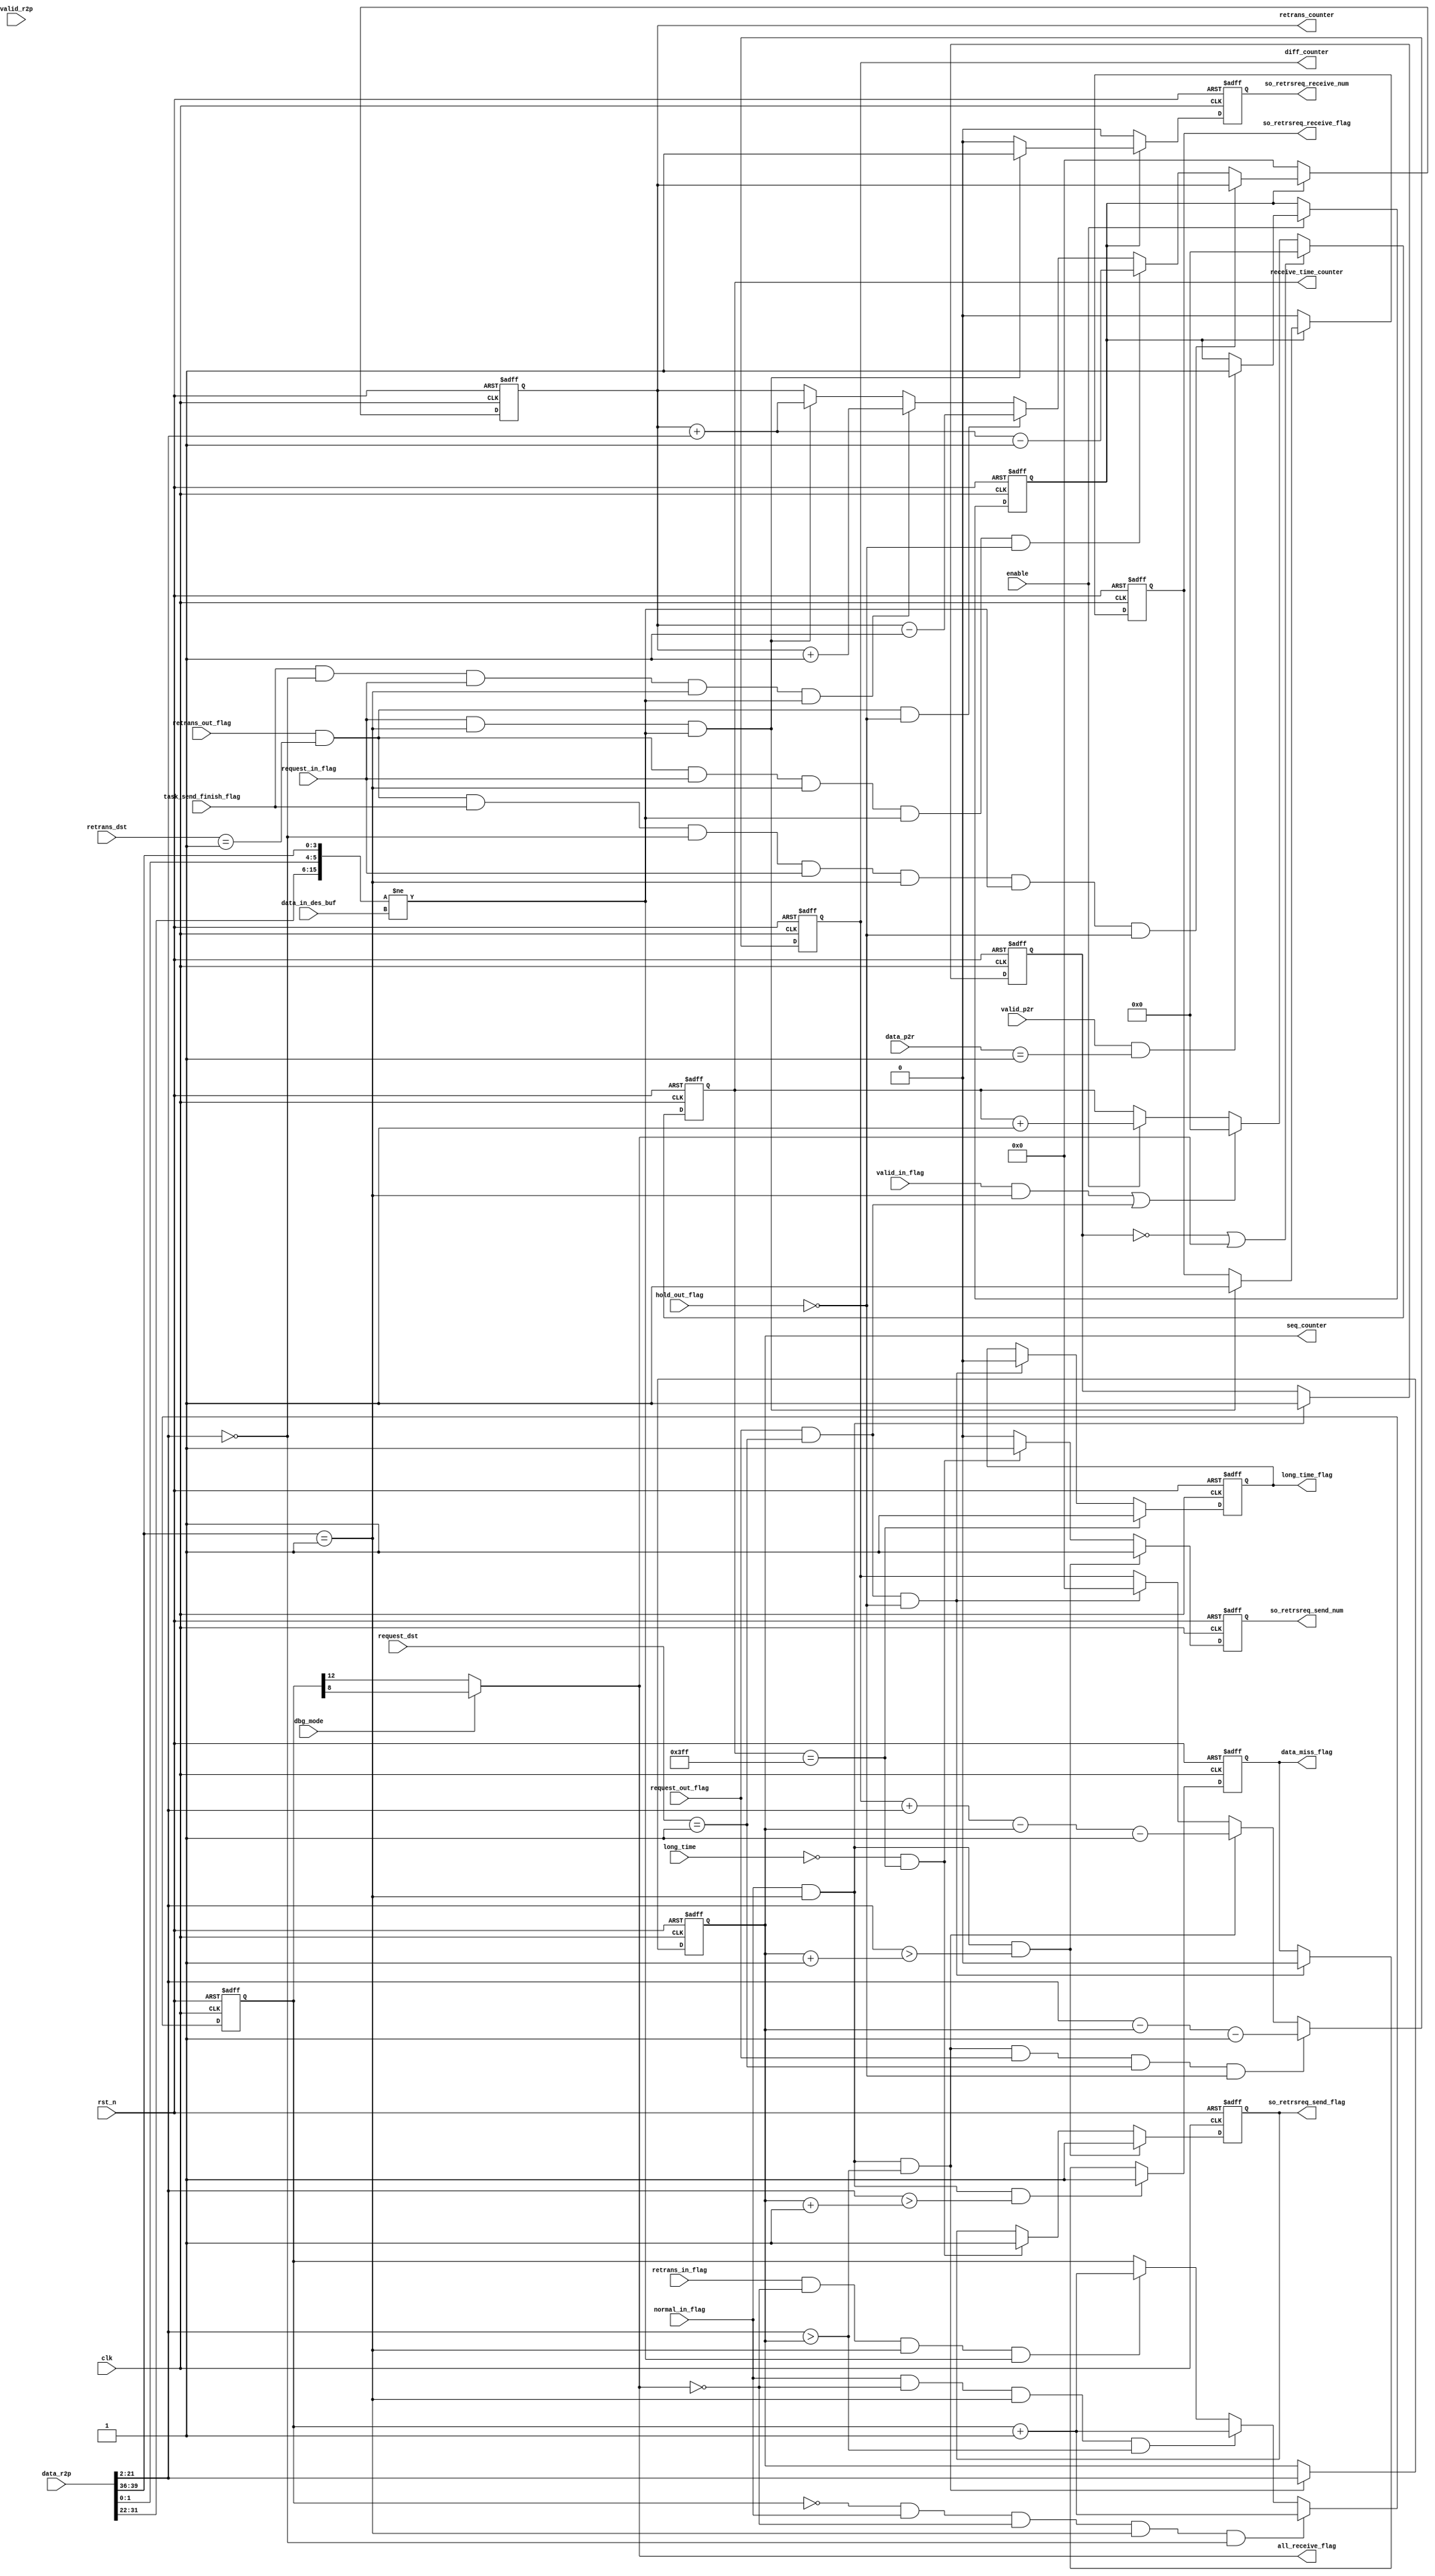
`define DATA_SIZE 20
`define DATA_SIZE_0 19
`define TIME_SIZE 10
`define TIME_SIZE_0 9
`define TIME_SUM_SIZE 24
`define TIME_SUM_SIZE_0 23
`define ID_SIZE 4
`define ID_SIZE_0 3
`define TYPE_SIZE 2
`define TOTAL_SIZE 40

`define ROUTER_NUM 9
`define ROUTER_NUM_0 7

`define DST_MIN 32
`define DST_MAX 35
`define SRC_MIN 36
`define SRC_MAX 39
`define TYPE_MIN 0
`define TYPE_MAX 1
`define TIME_MIN 22
`define TIME_MAX 31
`define DATA_MIN 2
`define DATA_MAX 21

`define DATA_WIDTH_NOR 12 //data width20, debug 8
`define DATA_WIDTH_DBG 8


module PE_single #(
    parameter MY_ID = 4'b0000,
    parameter TAR_ID = 4'b0001,

    //for retry request
    parameter NORMAL_BAG = 2'b01
) (
    input wire                                                      dbg_mode,
    input wire                                                      enable,
    input wire[`SRC_MAX:0]                                         data_r2p,
    input wire                                                      valid_r2p,
    input wire[`SRC_MAX - `SRC_MIN + `DST_MAX - `DST_MIN + 1:0]     data_p2r,
    input wire                                                      valid_p2r,
    //basic flags
    input wire                                                      valid_in_flag,
    input wire                                                      normal_in_flag,
    input wire                                                      request_in_flag,
    input wire                                                      retrans_in_flag,
    input wire                                                      task_send_finish_flag,
    input wire[`TIME_SIZE + `TYPE_SIZE + `ID_SIZE - 1:0]            data_in_des_buf,
    output wire                                                     all_receive_flag,

    //data receive miss
    input wire                                                      long_time,
    output reg[`DATA_SIZE_0:0]                                      seq_counter,
    output reg[`DATA_SIZE_0:0]                                      diff_counter,
    output reg[`TIME_SIZE_0:0]                                      receive_time_counter,
    output reg                                                      data_miss_flag,
    output reg                                                      long_time_flag,
    output reg                                                      so_retrsreq_send_num,
    output reg                                                      so_retrsreq_send_flag,

    //send miss
    output reg[`DATA_SIZE_0:0]                                      retrans_counter,
    output reg                                                      so_retrsreq_receive_num,
    output reg                                                      so_retrsreq_receive_flag,

    //output flags
    input wire                                                      request_out_flag,
    input wire                                                      retrans_out_flag,
    input wire                                                      hold_out_flag,

    //dst
    input wire[`ID_SIZE_0:0]                                        request_dst,
    input wire[`ID_SIZE_0:0]                                        retrans_dst,

    input wire                                                      clk,
    input wire                                                      rst_n
);
// VARIABLE
    //basic flags
    reg[`DATA_SIZE:0]       all_receive_counter;
    reg                     receive_src_flag;
    reg                     send_tar_flag;
// INPUT
// BASIC FLAGS
    assign all_receive_flag = dbg_mode ? all_receive_counter[`DATA_WIDTH_DBG] : all_receive_counter[`DATA_WIDTH_NOR];

    always @(posedge clk, negedge rst_n) begin
        if(!rst_n)
            receive_src_flag <= 1'b0;
        else if(normal_in_flag && (data_r2p[`SRC_MAX:`SRC_MIN] == TAR_ID))
            receive_src_flag <= 1'b1;
        else
            receive_src_flag <= receive_src_flag;
    end

    always @(posedge clk, negedge rst_n) begin
        if(!rst_n)
            all_receive_counter <= {`DATA_SIZE{1'b0}};
        else if((all_receive_counter == {`DATA_SIZE{1'b0}}) && normal_in_flag && !all_receive_flag && (data_r2p[`SRC_MAX:`SRC_MIN] == TAR_ID) && (data_r2p[`DATA_MAX:`DATA_MIN] == {`DATA_SIZE{1'b0}}))
            all_receive_counter <= all_receive_counter + 1'b1;
        else if(normal_in_flag && !all_receive_flag && (data_r2p[`SRC_MAX:`SRC_MIN] == TAR_ID) && (data_r2p[`DATA_MAX:`DATA_MIN] > seq_counter))
            all_receive_counter <= all_receive_counter + 1'b1;
        else if(retrans_in_flag && !all_receive_flag && (data_r2p[`SRC_MAX:`SRC_MIN] == TAR_ID) && ({data_r2p[`TIME_MAX:`TIME_MIN],data_r2p[`TYPE_MAX:`TYPE_MIN],data_r2p[`SRC_MAX:`SRC_MIN]} != data_in_des_buf))
            all_receive_counter <= all_receive_counter + 1'b1;
        else
            all_receive_counter <= all_receive_counter;
    end

    always @(posedge clk, negedge rst_n) begin
        if(!rst_n)
            send_tar_flag <= 1'b0;
        else if(!enable)
            send_tar_flag <= send_tar_flag;
        else if(valid_p2r && (data_p2r == {MY_ID, TAR_ID}))
            send_tar_flag <= 1'b1;
        else
            send_tar_flag <= send_tar_flag;
    end

// RECEIVE MISS
    always @(posedge clk, negedge rst_n) begin
        if(!rst_n)
            seq_counter <= {`DATA_SIZE{1'b0}};
        else if(normal_in_flag && (data_r2p[`SRC_MAX:`SRC_MIN] == TAR_ID) && (data_r2p[`DATA_MAX:`DATA_MIN] > seq_counter))
            seq_counter <= data_r2p[`DATA_MAX:`DATA_MIN];
        else
            seq_counter <= seq_counter;
    end

    always @(posedge clk, negedge rst_n) begin
        if(!rst_n)
            data_miss_flag <= 1'b0;
        else if(normal_in_flag && (data_r2p[`SRC_MAX:`SRC_MIN] == TAR_ID) && (data_r2p[`DATA_MAX:`DATA_MIN] > (seq_counter + 1'b1)))
            data_miss_flag <= 1'b1;
        else if(request_out_flag && (request_dst == TAR_ID) && !hold_out_flag)
            data_miss_flag <= 1'b0;
        else
            data_miss_flag <= data_miss_flag;
    end

    always @(posedge clk, negedge rst_n) begin
        if(!rst_n)
            long_time_flag <= 1'b0;
        else if(receive_time_counter == {`TIME_SIZE{1'b1}})
            long_time_flag <= 1'b1;
        else if(request_out_flag && (request_dst == TAR_ID) && !hold_out_flag)
            long_time_flag <= 1'b0;
        else
            long_time_flag <= long_time_flag;
    end

    always @(posedge clk, negedge rst_n) begin
        if(!rst_n)
            diff_counter <= {`DATA_SIZE{1'b0}};
        else if(normal_in_flag && (data_r2p[`SRC_MAX:`SRC_MIN] == TAR_ID) && (data_r2p[`DATA_MAX:`DATA_MIN] > seq_counter) && request_out_flag && (request_dst == TAR_ID) && !hold_out_flag)
            diff_counter <= data_r2p[`DATA_MAX:`DATA_MIN] - seq_counter - 1'b1;
        else if(normal_in_flag && (data_r2p[`SRC_MAX:`SRC_MIN] == TAR_ID) && (data_r2p[`DATA_MAX:`DATA_MIN] > seq_counter))
            diff_counter <= diff_counter + data_r2p[`DATA_MAX:`DATA_MIN] - seq_counter - 1'b1;
        else if(request_out_flag && (request_dst == TAR_ID) && !hold_out_flag)
            diff_counter <= {`DATA_SIZE{1'b0}};
        else
            diff_counter <= diff_counter;
    end

    always @(posedge clk, negedge rst_n) begin
        if(!rst_n)
            receive_time_counter <= {`TIME_SIZE{1'b0}};
        else if(!receive_src_flag || all_receive_flag)
            receive_time_counter <= {`TIME_SIZE{1'b0}};
        else if((valid_in_flag && (data_r2p[`SRC_MAX:`SRC_MIN] == TAR_ID)) || (request_out_flag && (request_dst == TAR_ID)))
            receive_time_counter <= {`TIME_SIZE{1'b0}};
        else if(enable)
            receive_time_counter <= receive_time_counter + 1'b1;
        else
            receive_time_counter <= receive_time_counter;
    end

    always @(posedge clk, negedge rst_n) begin
        if(!rst_n)
            so_retrsreq_send_flag <= 1'b0;
        else if(normal_in_flag && (data_r2p[`SRC_MAX:`SRC_MIN] == TAR_ID) && (data_r2p[`DATA_MAX:`DATA_MIN] > seq_counter + 1))
            so_retrsreq_send_flag <= 1'b1;
        else if(!long_time && receive_time_counter == {`TIME_SIZE{1'b1}})
            so_retrsreq_send_flag <= 1'b1;
        else
            so_retrsreq_send_flag <= so_retrsreq_send_flag;
    end

    always @(posedge clk, negedge rst_n) begin
        if(!rst_n)
            so_retrsreq_send_num <= 1'b0;
        else if(normal_in_flag && (data_r2p[`SRC_MAX:`SRC_MIN] == TAR_ID) && (data_r2p[`DATA_MAX:`DATA_MIN] > seq_counter + 1))
            so_retrsreq_send_num <= 1'b1;
        else if(!long_time && receive_time_counter == {`TIME_SIZE{1'b1}})
            so_retrsreq_send_num <= 1'b1;
        else
            so_retrsreq_send_num <= 1'b0;
    end
    
// SEND MISS
    always @(posedge clk, negedge rst_n) begin
        if(!rst_n)
            retrans_counter <= {`DATA_SIZE{1'b0}};
        else if(!send_tar_flag)
            retrans_counter <= {`DATA_SIZE{1'b0}};
        else if(retrans_out_flag && (retrans_dst == TAR_ID) && task_send_finish_flag && (data_r2p[`DATA_MAX:`DATA_MIN] == 16'd0) && request_in_flag && (data_r2p[`SRC_MAX:`SRC_MIN] == TAR_ID) && ({data_r2p[`TIME_MAX:`TIME_MIN],data_r2p[`TYPE_MAX:`TYPE_MIN],data_r2p[`SRC_MAX:`SRC_MIN]} != data_in_des_buf) && !hold_out_flag)
            retrans_counter <= retrans_counter;
        else if(retrans_out_flag && (retrans_dst == TAR_ID) && request_in_flag && (data_r2p[`SRC_MAX:`SRC_MIN] == TAR_ID) && ({data_r2p[`TIME_MAX:`TIME_MIN],data_r2p[`TYPE_MAX:`TYPE_MIN],data_r2p[`SRC_MAX:`SRC_MIN]} != data_in_des_buf) && !hold_out_flag)
            retrans_counter <= retrans_counter + data_r2p[`DATA_MAX:`DATA_MIN] - 1'b1;
        else if(retrans_out_flag && (retrans_dst == TAR_ID) && !hold_out_flag)
            retrans_counter <= retrans_counter - 1'b1;
        else if(task_send_finish_flag && (data_r2p[`DATA_MAX:`DATA_MIN] == 16'd0) && request_in_flag && (data_r2p[`SRC_MAX:`SRC_MIN] == TAR_ID) && ({data_r2p[`TIME_MAX:`TIME_MIN],data_r2p[`TYPE_MAX:`TYPE_MIN],data_r2p[`SRC_MAX:`SRC_MIN]} != data_in_des_buf))
            retrans_counter <= retrans_counter + 1'b1;
        else if(request_in_flag && (data_r2p[`SRC_MAX:`SRC_MIN] == TAR_ID) && ({data_r2p[`TIME_MAX:`TIME_MIN],data_r2p[`TYPE_MAX:`TYPE_MIN],data_r2p[`SRC_MAX:`SRC_MIN]} != data_in_des_buf))
            retrans_counter <= retrans_counter + data_r2p[`DATA_MAX:`DATA_MIN];
        else
            retrans_counter <= retrans_counter;
    end

    always @(posedge clk, negedge rst_n) begin
        if(!rst_n)
            so_retrsreq_receive_flag <= 1'b0;
        else if(!send_tar_flag)
            so_retrsreq_receive_flag <= 1'b0;
        else if(request_in_flag && (data_r2p[`SRC_MAX:`SRC_MIN] == TAR_ID) && ({data_r2p[`TIME_MAX:`TIME_MIN],data_r2p[`TYPE_MAX:`TYPE_MIN],data_r2p[`SRC_MAX:`SRC_MIN]} != data_in_des_buf))
            so_retrsreq_receive_flag <= 1'b1;
        else
            so_retrsreq_receive_flag <= so_retrsreq_receive_flag;
    end

    always @(posedge clk, negedge rst_n) begin
        if(!rst_n)
            so_retrsreq_receive_num <= 1'b0;
        else if(!send_tar_flag)
            so_retrsreq_receive_num <= 1'b0;
        else if(request_in_flag && (data_r2p[`SRC_MAX:`SRC_MIN] == TAR_ID) && ({data_r2p[`TIME_MAX:`TIME_MIN],data_r2p[`TYPE_MAX:`TYPE_MIN],data_r2p[`SRC_MAX:`SRC_MIN]} != data_in_des_buf))
            so_retrsreq_receive_num <= 1'b1;
        else
            so_retrsreq_receive_num <= 1'b0;
    end

endmodule